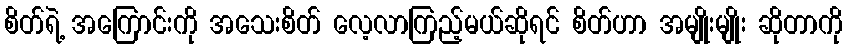
စိတ်ရဲ့ အကြောင်းကို အသေးစိတ် လေ့လာကြည့်မယ်ဆိုရင် စိတ်ဟာ အမျိုးမျိုး ဆိုတာကို